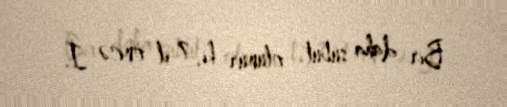
Bir daha sübut olunur ki, 7 il öncə İ.